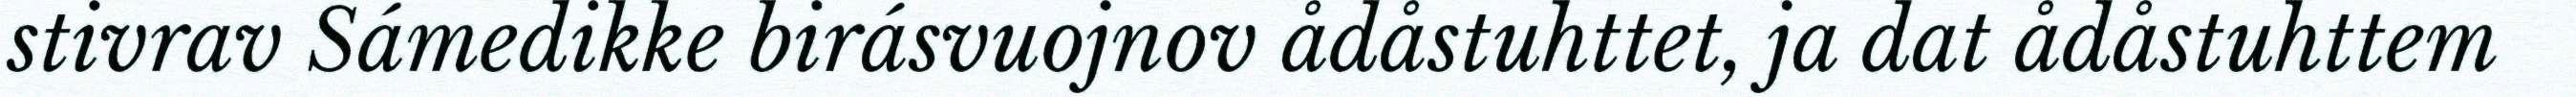
stivrav Sámedikke birásvuojnov ådåstuhttet, ja dat ådåstuhttem